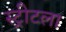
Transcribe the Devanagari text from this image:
स्ट्रीटला